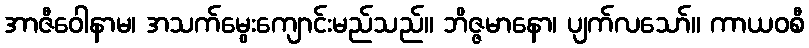
အာဇီဝေါနာမ၊ အသက်မွေးကျောင်းမည်သည်။ ဘိဇ္ဇမာနော၊ ပျက်လသော်။ ကာယဝစီ